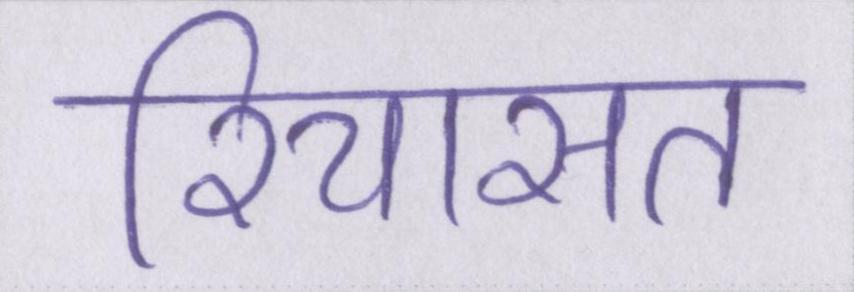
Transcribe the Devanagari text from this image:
रियासत